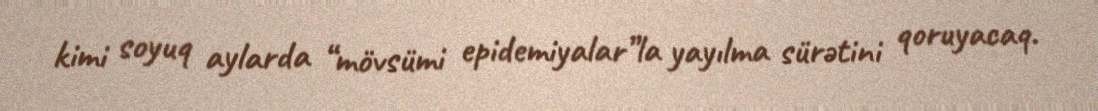
kimi soyuq aylarda “mövsümi epidemiyalar”la yayılma sürətini qoruyacaq.